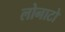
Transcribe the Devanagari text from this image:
लोनाटो